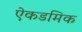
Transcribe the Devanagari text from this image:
ऐकडमिक